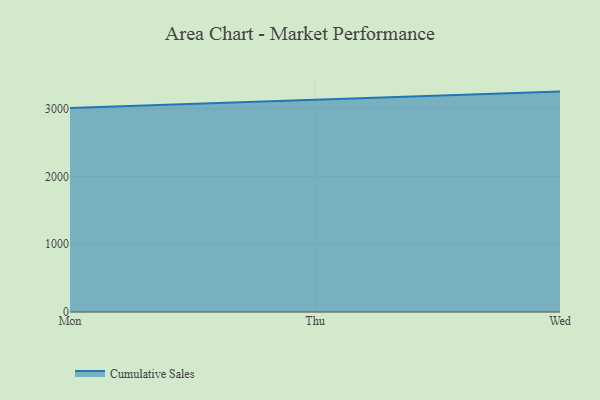
{"axis": {"x": "Day", "y": "Humidity (%)"}, "legend": ["Cumulative Sales"], "data": [{"x": "Mon", "y": 3008.6, "type": "Cumulative Sales"}, {"x": "Thu", "y": 3132.4, "type": "Cumulative Sales"}, {"x": "Wed", "y": 3251.0, "type": "Cumulative Sales"}]}